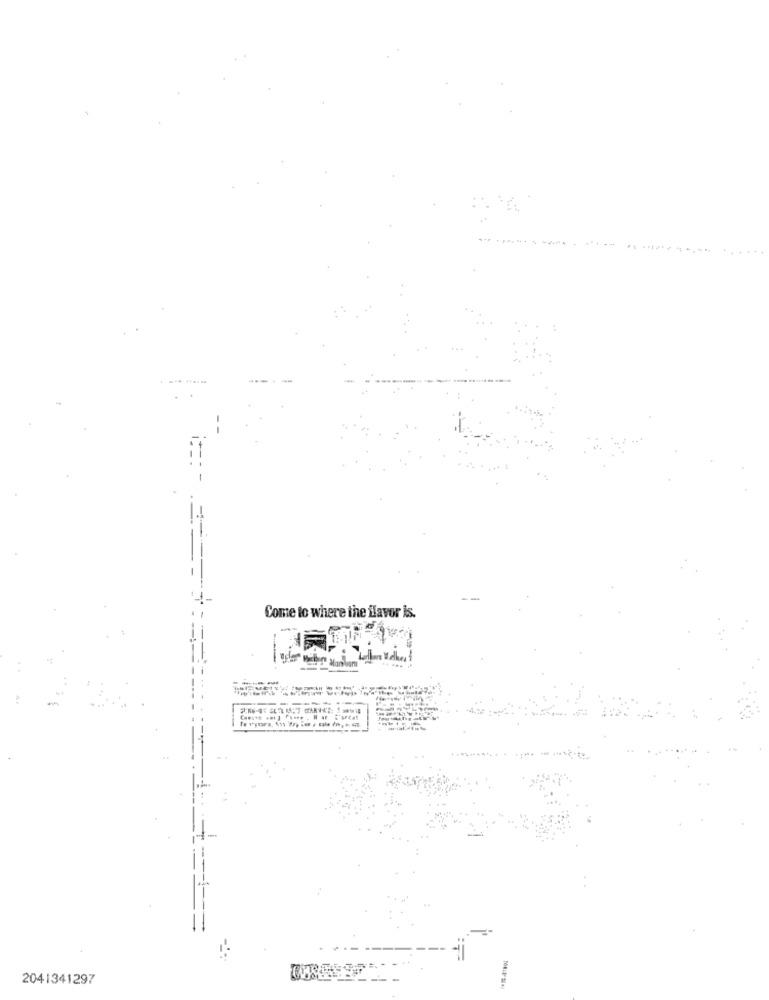
Come to where the flavor is.
----
-----
2041341297